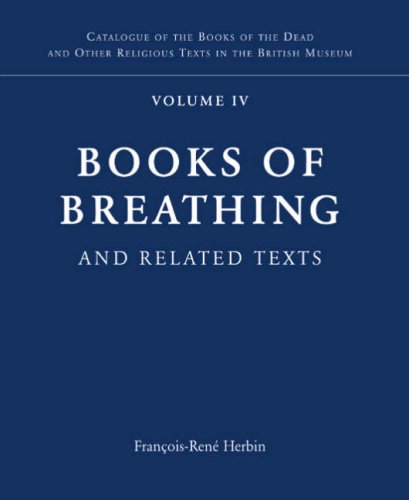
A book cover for Books of Breathing and Related Texts -Late Egyptian Religious Texts in the British Museum Vol.1 (Catalogue of the Books of the Dead and Other Religious Texts in the British Museum, Volume IV); F. R. Herbin; Religion & Spirituality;